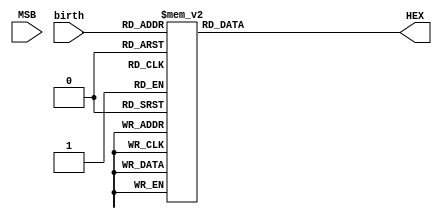
module decoder(
    input [3:0] MSB,birth,
    output reg [7:0] HEX
);

always @(birth)
begin
    case(birth)
        4'b0000: HEX = 8'b1100_0000;
        4'b0001: HEX = 8'b1111_1001;    //1
        4'b0010: HEX = 8'b1010_0100;    //2
        4'b0011: HEX = 8'b1011_0000;    //3
        4'b0100: HEX = 8'b1001_1001;    //4
        4'b0101: HEX = 8'b1001_0010;    //5 
        4'b0110: HEX = 8'b1000_0010;    //6
        4'b0111: HEX = 8'b1111_1000;    //7
        4'b1000: HEX = 8'b1000_0000;    //8
        4'b1001: HEX = 8'b1001_1000;    //9
       
        default HEX= 8'b1111_1111;
    endcase
    
end


endmodule